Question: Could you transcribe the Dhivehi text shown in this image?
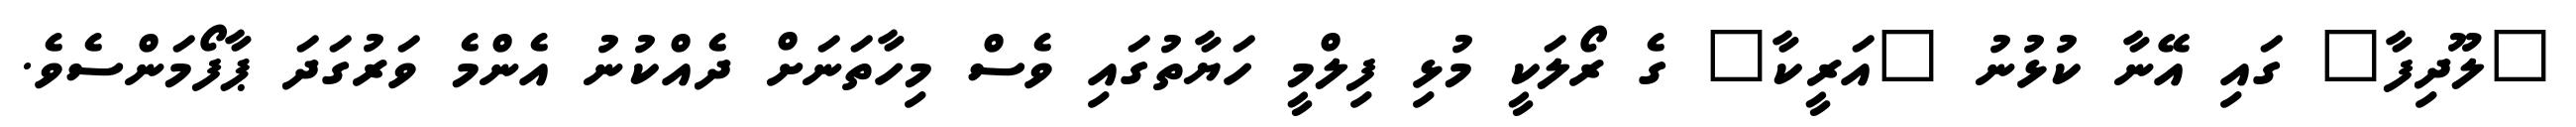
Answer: "ލޫދިފާ" ގައި އޭނާ ކުޅުނު "އަރީކާ" ގެ ރޯލަކީ މުޅި ފިލްމީ ހަޔާތުގައި ވެސް މިހާތަނަށް ދެއްކުނު އެންމެ ވަރުގަދަ ޕާފޯމަންސެވެ.